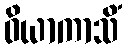
ဝိယာကာသိံ